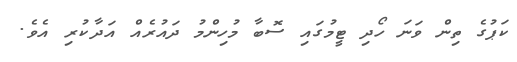
ކަޕުގެ ތިން ވަނަ ހޯދި ޓީމުގައި ސޮބާ މުހިންމު ދައުރެއް އަދާކުރި އެވެ.